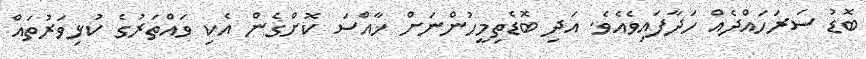
ބޮޑު ސަރަހައްދެއް ހަދާފައިވެއެވެ. އަދި ބޮޑެތިމީހުންނަށް ޚާއްސަ ކޮށްގެން އެކި ވައްތަރުގެ ކުޅިވަރުތައް